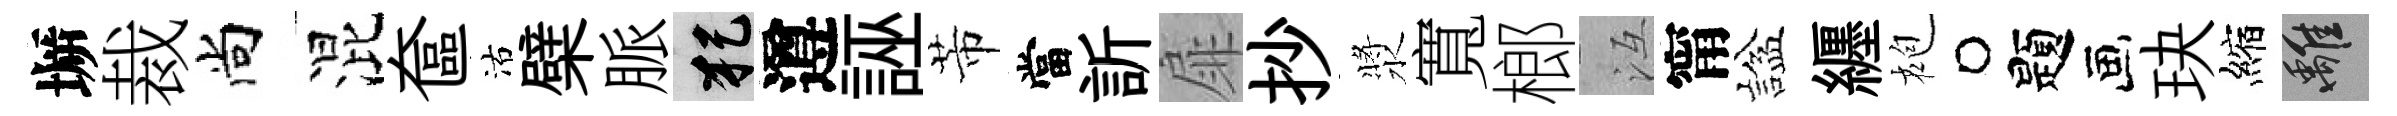
󶱲裁尚混奩沽檗脈犯遵誣芾當訢扉抄漿寬榔冱甯諡纒袍题玦縮離